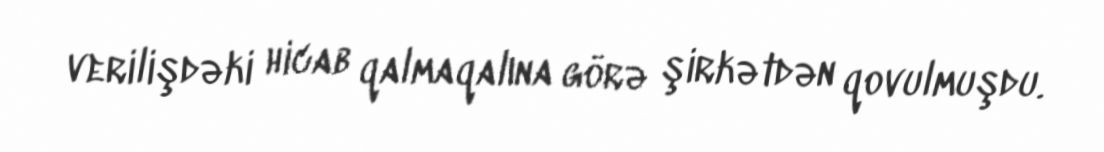
verilişdəki hicab qalmaqalına görə şirkətdən qovulmuşdu.